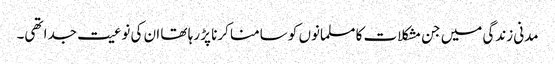
مدنی زندگی میں جن مشکلات کا مسلمانوں کو سامنا کرنا پڑ رہا تھا ان کی نوعیت جدا تھی۔